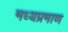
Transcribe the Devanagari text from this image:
मध्यप्रमाण